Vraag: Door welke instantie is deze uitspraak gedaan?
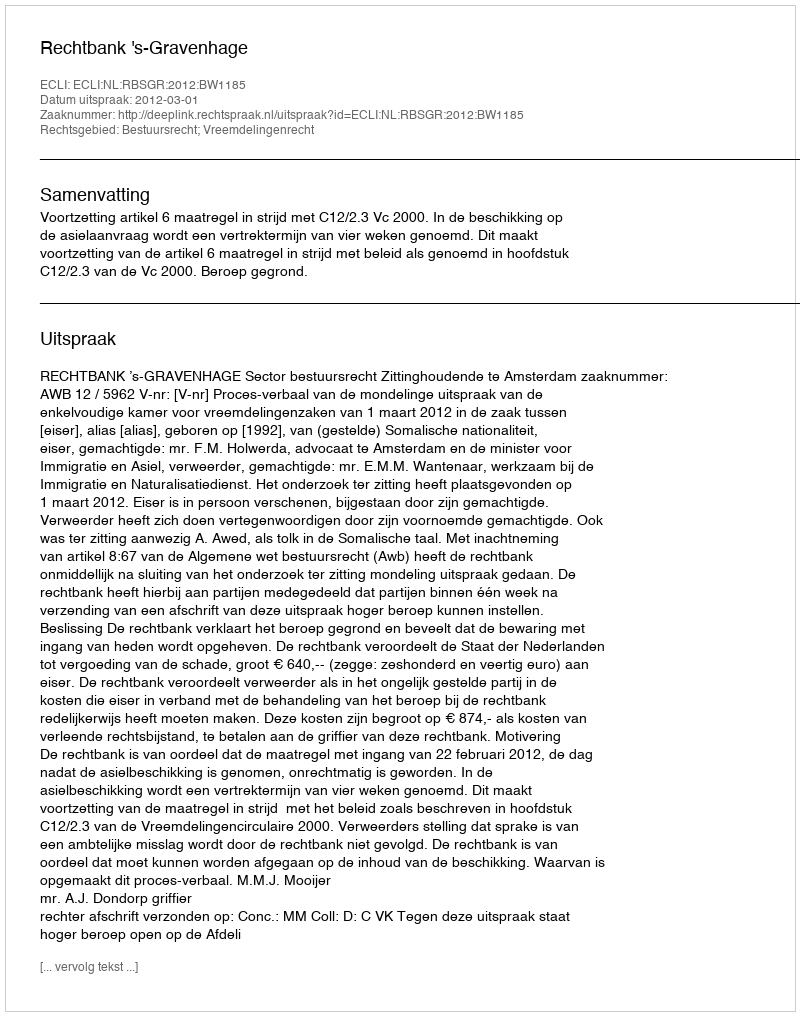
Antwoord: Rechtbank 's-Gravenhage